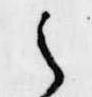
之